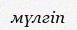
мүлгіп